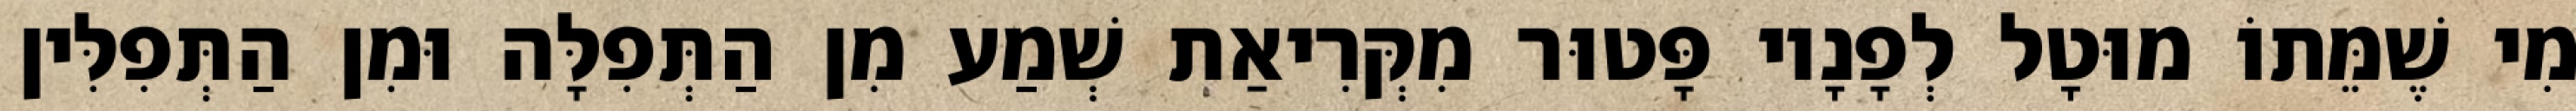
מִי שֶׁמֵּתוֹ מוּטָל לְפָנָיו פָּטוּר מִקְּרִיאַת שְׁמַע מִן הַתְּפִלָּה וּמִן הַתְּפִלִּין